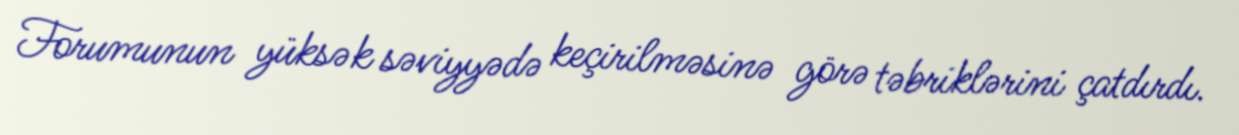
Forumunun yüksək səviyyədə keçirilməsinə görə təbriklərini çatdırdı.